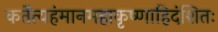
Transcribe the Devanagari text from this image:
कर्तेत्यहंमानमहाकृष्णाहिदंशितः